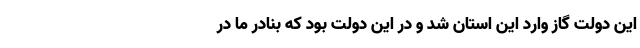
این دولت گاز وارد این استان‌ شد و در این دولت بود که بنادر ما در